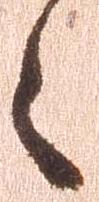
々